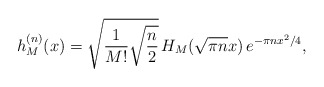
\begin{align*}h^{(n)}_{M}(x)=\sqrt{\frac{1}{M!}\sqrt{\frac{n}{2}}}\,H_{M}(\sqrt{\pi n}x)\,e^{-\pi nx^2/4} ,\end{align*}